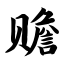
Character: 赡